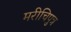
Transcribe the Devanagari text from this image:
मरीचिपुत्र